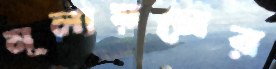
মূল্যয়নের